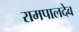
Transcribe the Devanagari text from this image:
रामपालदेव